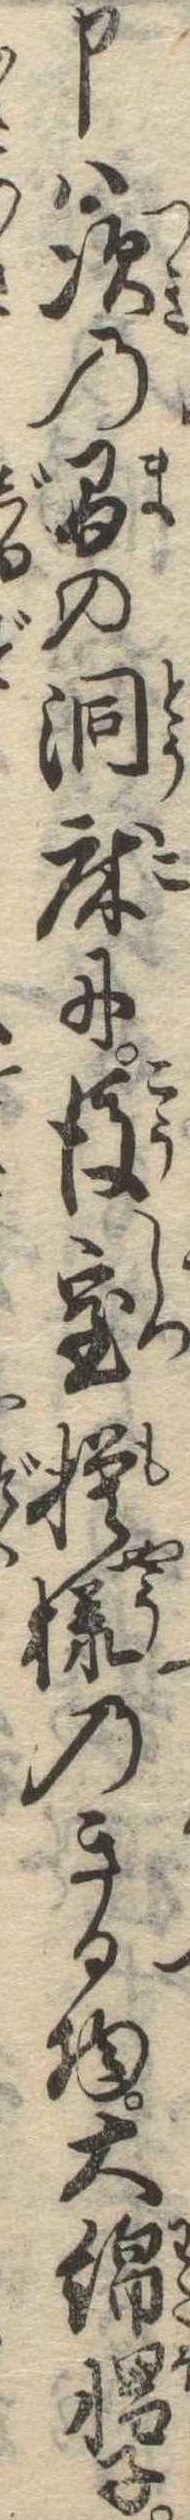
申は次の間の洞床に後室模様のきる物大綿帽子